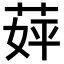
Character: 𬝈